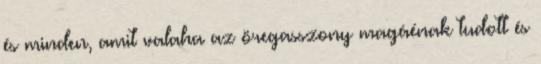
és minden, amit valaha az öregasszony magáénak tudott és